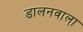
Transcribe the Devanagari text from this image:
डालनवाला़